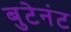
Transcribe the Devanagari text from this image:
बुटेनंट